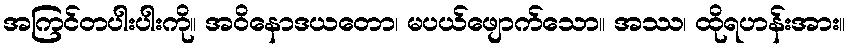
အကြင်တပါးပါးကို။ အဝိနောဒယတော၊ မပယ်ဖျောက်သော။ အဿ၊ ထိုရဟန်းအား။